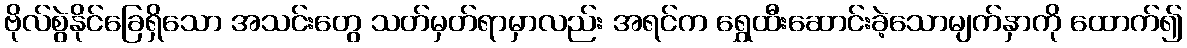
ဗိုလ်စွဲနိုင်ခြေရှိသော အသင်းတွေ သတ်မှတ်ရာမှာလည်း အရင်က ရွှေထီးဆောင်းခဲ့သောမျက်နှာကို ထောက်၍